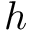
h